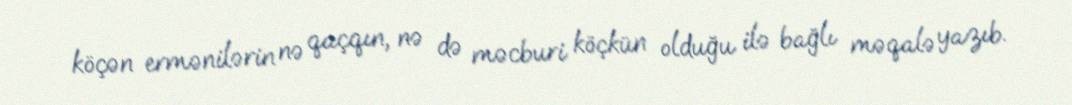
köçən ermənilərin nə qaçqın, nə də məcburi köçkün olduğu ilə bağlı məqalə yazıb.